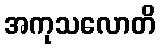
အကုသလောတိ